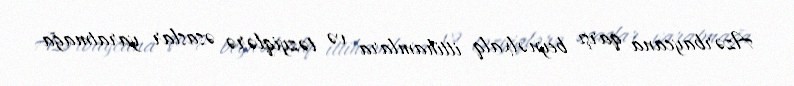
Azərbaycana qarşı beynəlxalq ittihamlara və təzyiqlərə əsaslar yaratmağa